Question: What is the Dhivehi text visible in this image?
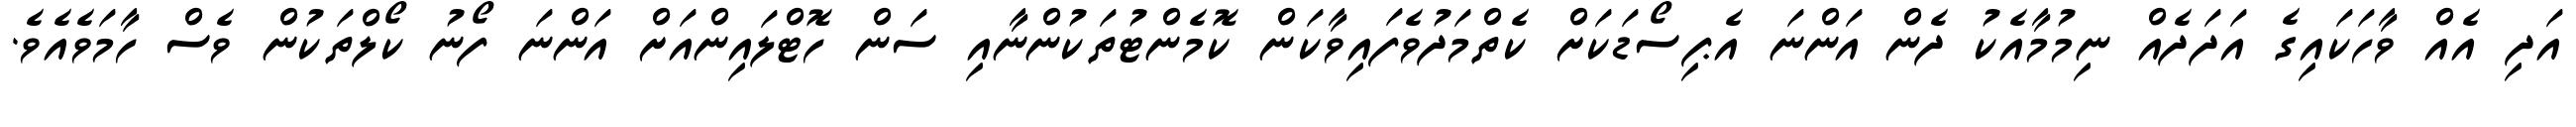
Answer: އަދި އެއް ވާހަކައިގެ އަދަދެއް ނިމުމާއެކު ދެން އަންނަ އެޕިސޯޑަކަށް ކެތްމަދުވެފައިވާކަން ކޮމެންޓުތަކުންނާއި ސަން ހޮޓްލައިންއަށް އަންނަ ފޯނު ކޯލްތަކުން ވެސް ހާމަވެއެވެ.